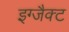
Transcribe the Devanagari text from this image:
इग्जैक्ट